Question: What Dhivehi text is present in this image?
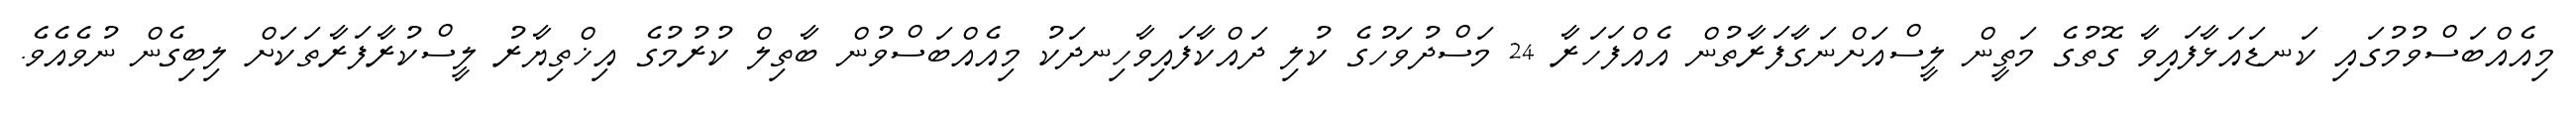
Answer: މިއެއްބަސްވުމުގައި ކަނޑައަޅާފައިވާ ގޮތުގެ މަތީން ލީސްއަށްނަގާފަރާތުން އެއްފަހަރާ 24 މަސްދުވަހުގެ ކުލި ދައްކާފައިވާހިނދަކު މިއެއްބަސްވުން ބާތިލް ކުރުމުގެ އިޚްތިޔާރު ލީސްކުރާފަރާތަކަށް ލިބިގެން ނުވެއެވެ.